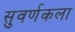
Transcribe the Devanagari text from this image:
सुवर्णकला